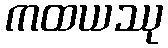
ကထယဿု